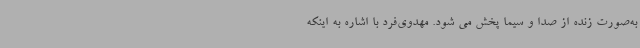
به‌صورت زنده از صدا و سیما پخش می شود. مهدوی‌فرد با اشاره به اینکه